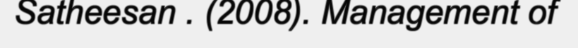
Satheesan . (2008). Management of